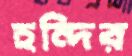
হন্দির